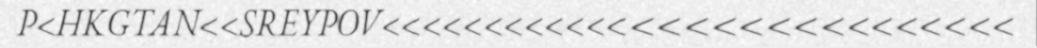
P<HKGTAN<<SREYPOV<<<<<<<<<<<<<<<<<<<<<<<<<<<